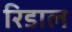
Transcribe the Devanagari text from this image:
रिडाल